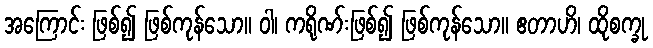
အကြောင်း ဖြစ်၍ ဖြစ်ကုန်သော။ ဝါ၊ ကရိုဏ်းဖြစ်၍ ဖြစ်ကုန်သော။ ဧတာဟိ၊ ထိုစက္ခု